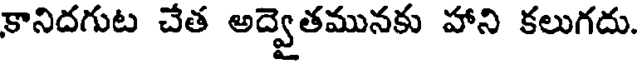
కానిదగుట చేత అద్వెతమునకు హాని కలుగదు.